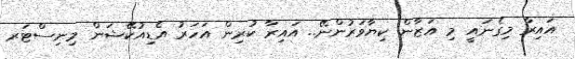
އައިރާ މިގެނައީ މި އަޒާން ކިޔާވަރުންނޭ.. އައިރާ ކުރިން އަހަރު އެޑިއުކޭޝަން މިނިސްޓަރ